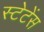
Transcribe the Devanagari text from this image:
स्टेटेंस